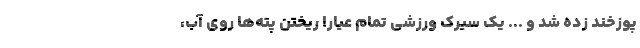
پوزخند زده شد و ... یک سیرک ورزشی تمام عیار! ریختن پته‌ها روی آب،